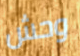
وحش